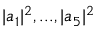
| a _ { 1 } | ^ { 2 } , . . . , | a _ { 5 } | ^ { 2 }